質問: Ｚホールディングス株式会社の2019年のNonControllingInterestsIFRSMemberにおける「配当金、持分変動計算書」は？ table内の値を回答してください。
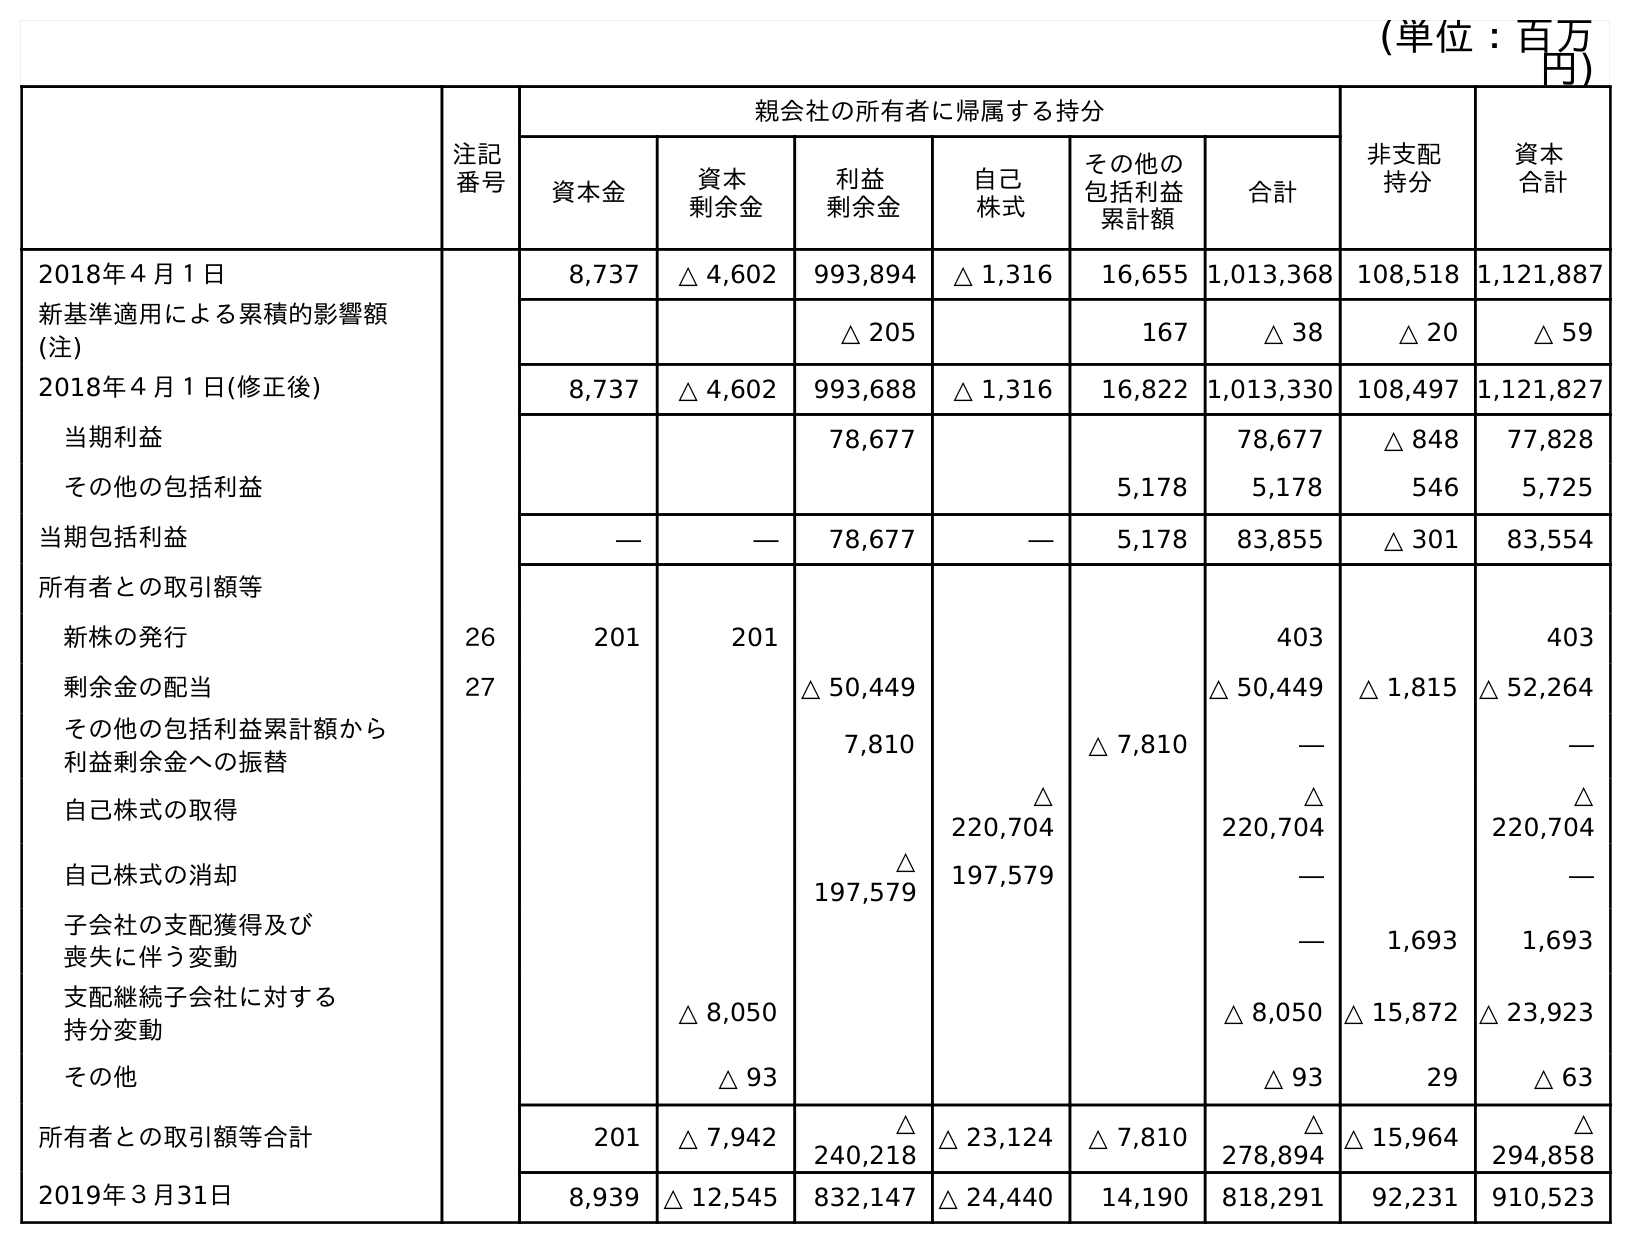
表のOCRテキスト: (単位：百万 円) 注記 番号 親会社の所有者に帰属する持分 非支配 持分 資本 合計 資本金 資本 剰余金 利益 剰余金 自己 株式 その他の 包括利益 累計額 合計 2018年４月１日 8,737 △ 4,602 993,894 △ 1,316 16,655 1,013,368 108,518 1,121,887 新基準適用による累積的影響額 (注) △ 205 167 △ 38 △ 20 △ 59 2018年４月１日(修正後) 8,737 △ 4,602 993,688 △ 1,316 16,822 1,013,330 108,497 1,121,827 当期利益 78,677 78,677 △ 848 77,828 その他の包括利益 5,178 5,178 546 5,725 当期包括利益 ― ― 78,677 ― 5,178 83,855 △ 301 83,554 所有者との取引額等 新株の発行 26 201 201 403 403 剰余金の配当 27 △ 50,449 △ 50,449 △ 1,815 △ 52,264 その他の包括利益累計額から 利益剰余金への振替 7,810 △ 7,810 ― ― 自己株式の取得 △ 220,704 △ 220,704 △ 220,704 自己株式の消却 △ 197,579 197,579 ― ― 子会社の支配獲得及び 喪失に伴う変動 ― 1,693 1,693 支配継続子会社に対する 持分変動 △ 8,050 △ 8,050 △ 15,872 △ 23,923 その他 △ 93 △ 93 29 △ 63 所有者との取引額等合計 201 △ 7,942 △ 240,218 △ 23,124 △ 7,810 △ 278,894 △ 15,964 △ 294,858 2019年３月31日 8,939 △ 12,545 832,147 △ 24,440 14,190 818,291 92,231 910,523
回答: △1,815